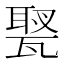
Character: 𤭿